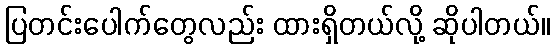
ပြတင်းပေါက်တွေလည်း ထားရှိတယ်လို့ ဆိုပါတယ်။